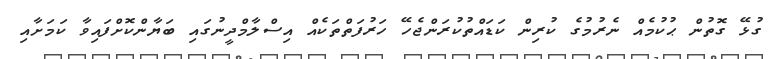
ގުޅޭ ގޮތުން ޙުކުމެއް ނެރުމުގެ ކުރިން ކަޑައްތުކުރަންޖެހޭ ހަރުފަތްތަކެއް އިސްލާމްދީނުގައި ބަޔާންކޮށްފައިވާ ކަމަށާއި